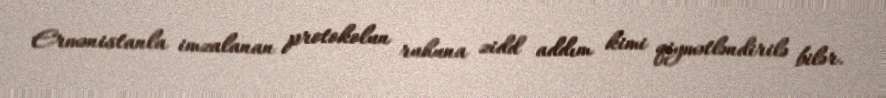
Ermənistanla imzalanan protokolun ruhuna zidd addım kimi qiymətləndirilə bilər.